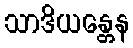
သာဒိယန္တေန